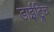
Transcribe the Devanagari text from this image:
डाईट्रिच